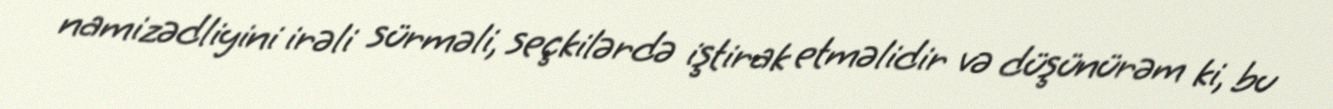
namizədliyini irəli sürməli, seçkilərdə iştirak etməlidir və düşünürəm ki, bu